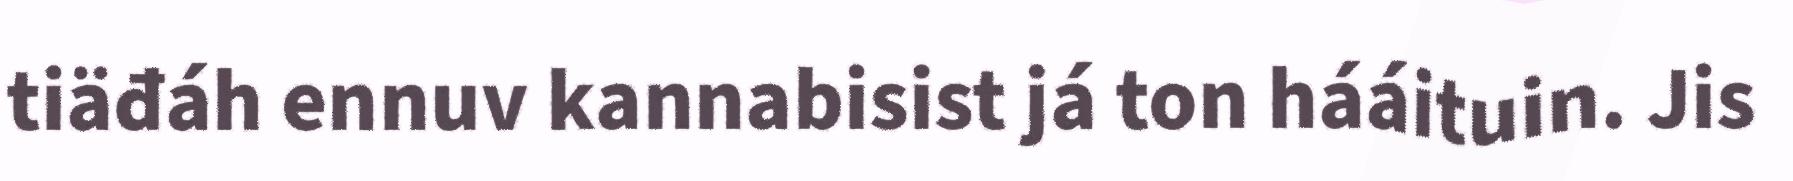
tiäđáh ennuv kannabisist já ton hááituin. Jis